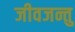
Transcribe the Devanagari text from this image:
जीवजन्तु